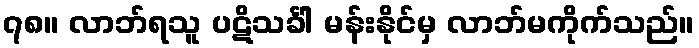
၇၈။ လာဘ်ရသူ ပဋိသင်္ခါ မန်းနိုင်မှ လာဘ်မကိုက်သည်။